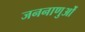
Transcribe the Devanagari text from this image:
जननाणुओं